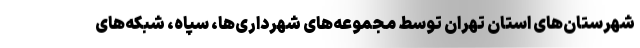
شهرستان‌های استان تهران توسط مجموعه‌های شهرداری‌ها، سپاه، شبکه‌های